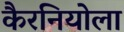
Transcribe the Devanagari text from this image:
कैरनियोला